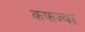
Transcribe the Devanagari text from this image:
कफज्वर